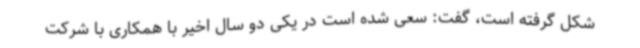
شکل گرفته است، گفت: سعی شده است در یکی دو سال اخیر با همکاری با شرکت